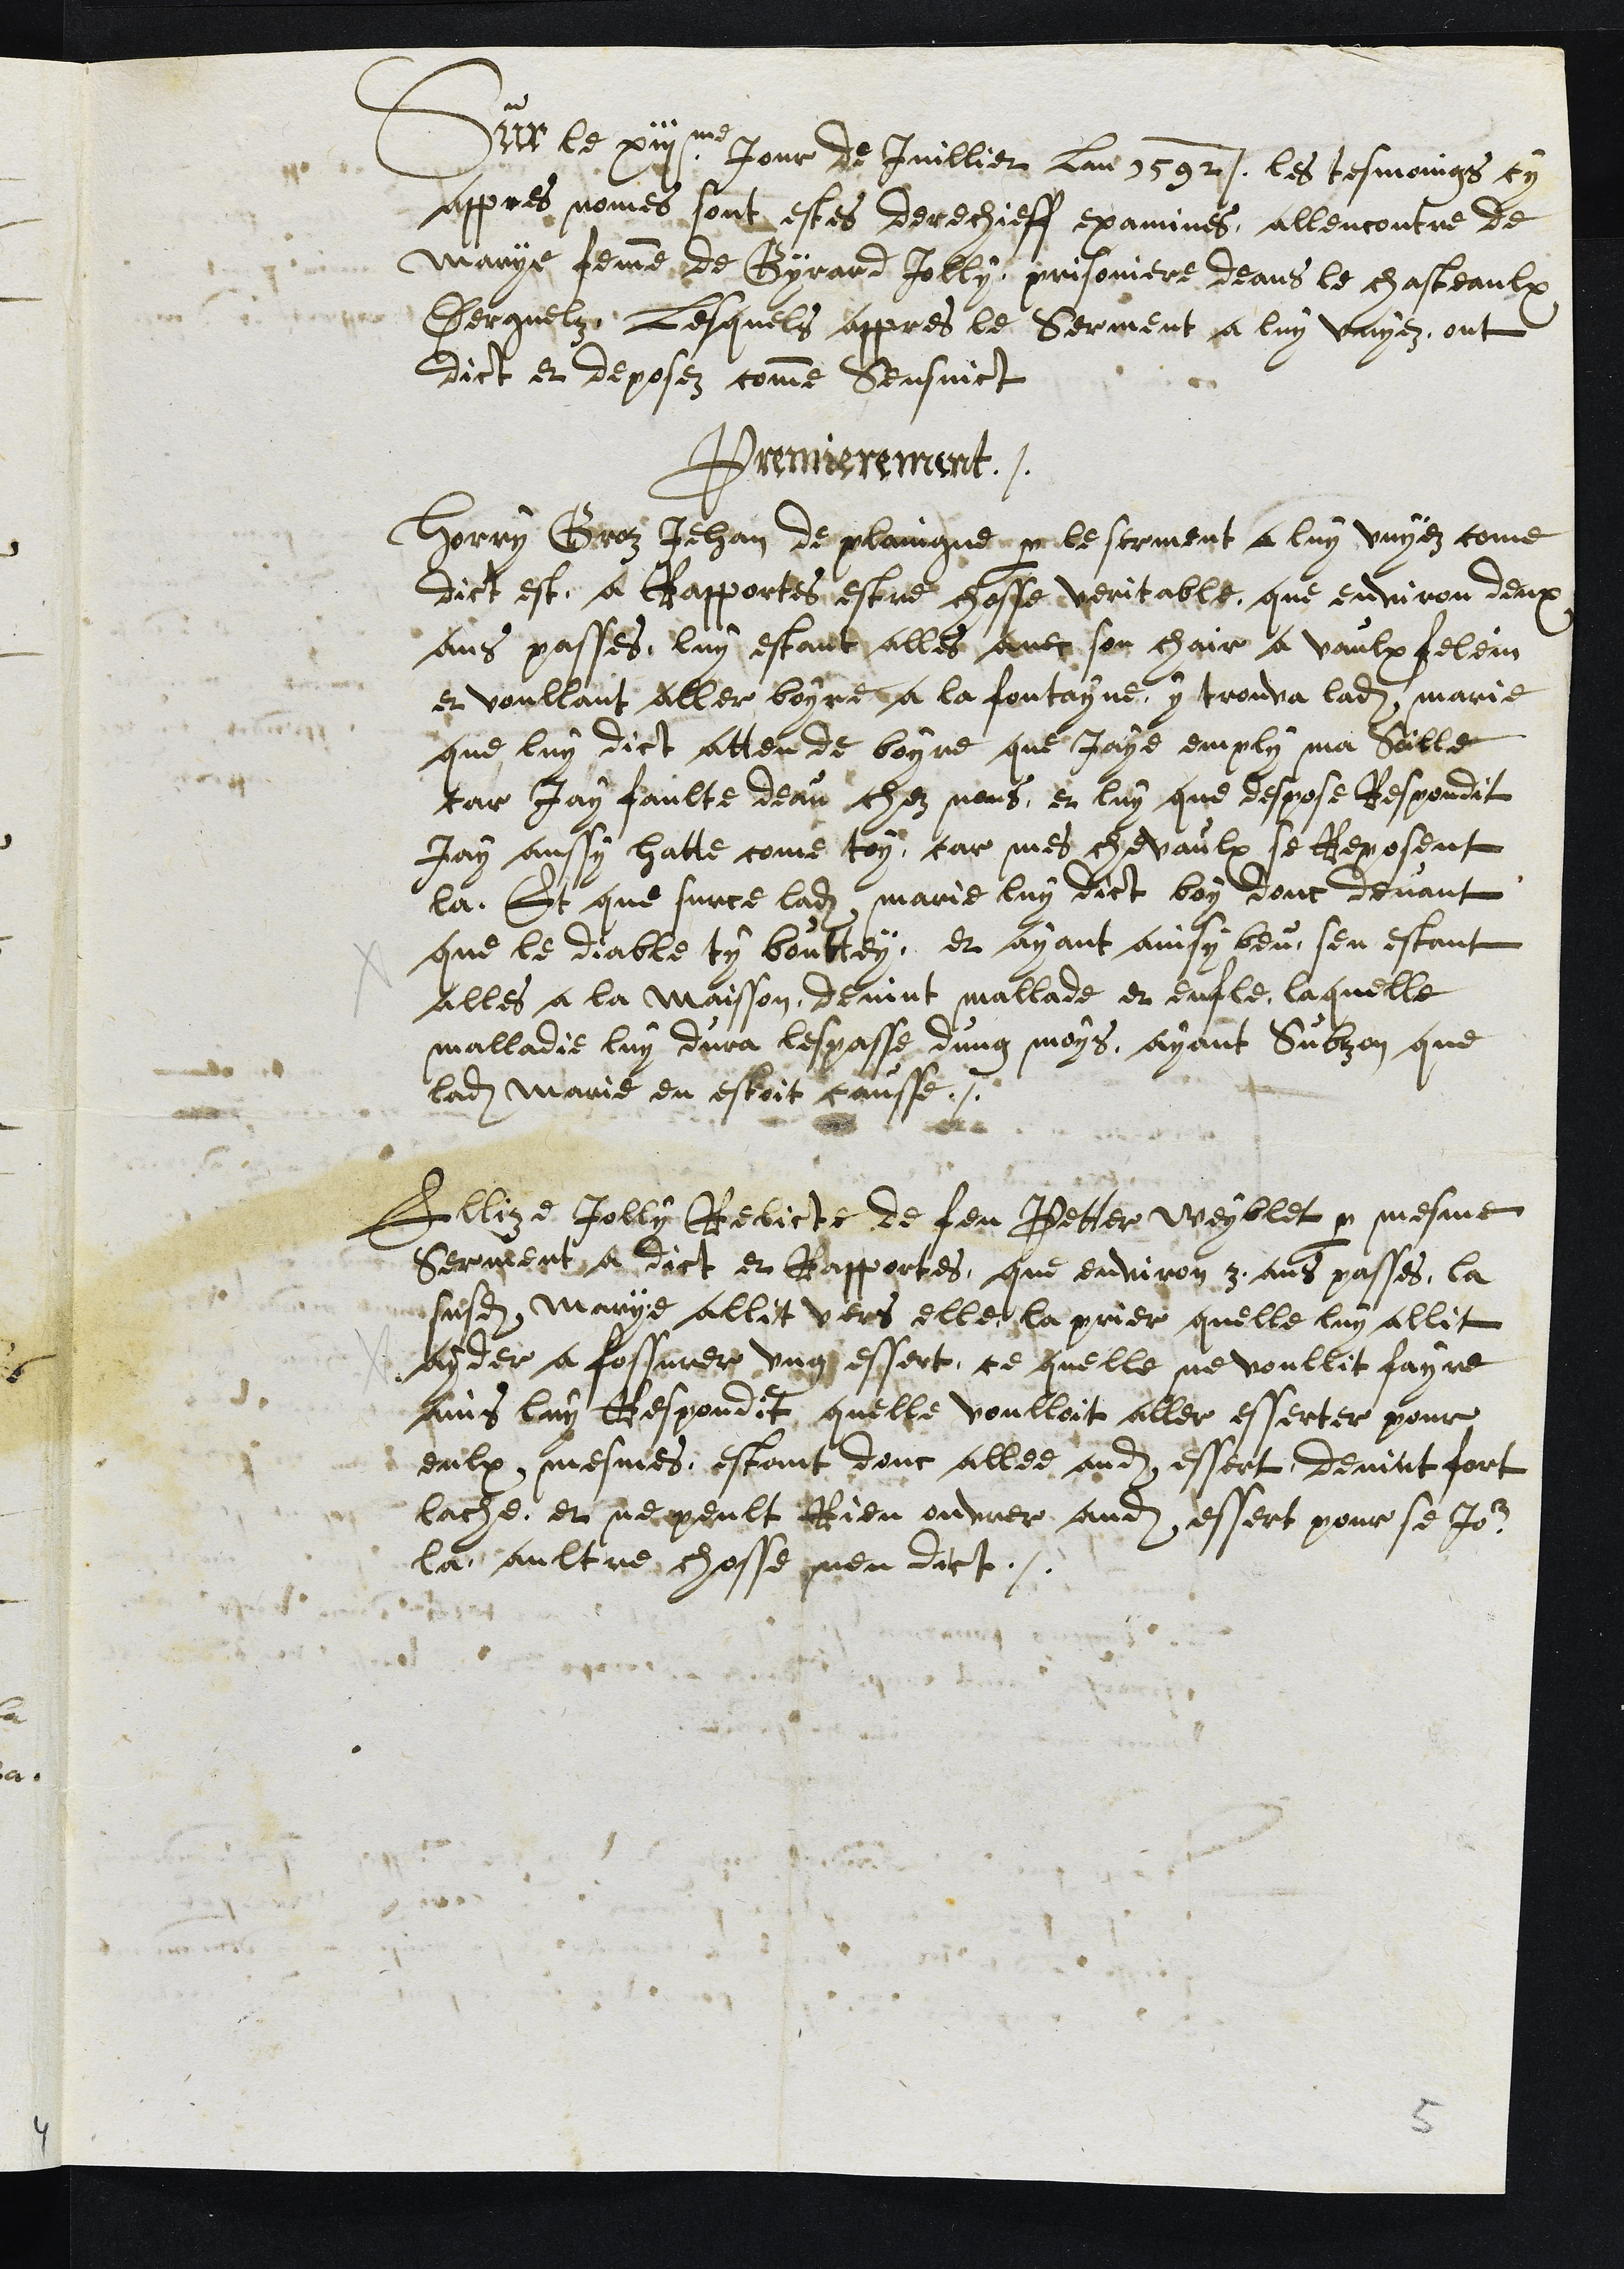
Sur le XIIIme Jour de Juillet Lan 1592 les tesmoings cy
appres nomes sont estes derechieff examines, allencontre de
Marye, femme de Gyrard Jolly, prisoniere deans le chasteaulx
Derguelz, Lesquels appres le serment a luy vuyez ont
dict et deposez comme sensuict
Premierement.
Ferry Groz Jehan de plaingne par le serment a luy vuyez come
dict est a Rapportes estre chosse veritable que environ deux
ans passes, luy, estant alles avec son chair a vaulx felein
en voullant aller boyre a la fontaine, y trouva ladite Marie
que luy dict atten de boyre que Jaye emply ma soille
car jay faulte deau chez nous, et luy que despose Respondit
jay aussy hatte come toy, car mes chevaulx se Reposent
la. Et que sur ce ladite Marie luy dict boy donc devant
que le diable ty bouttey, et ayant ainsy beu, sen estant
alles a la Maisson, devint mallade et enfle, laquelle
malladie luy dura lespasse d'ung moys, ayant subçon que
ladite Marie ou estoit causse.
Ellize Jolly Relicte de feu Petter Weyblet par mesme
serment a dict et Rapportes, que environ 3 ans passes, la
susdite Marye allit vers elle la prier quelle luy allit
ayder a fossurer ung essert, ce quelle ne voullit fayre
ains luy Respondit quelle voulloit aller esserter pour
eulx mesmes estant donc allee audit essert devint fort
lache, et ne peult Rien ouvrer audit essert pour se Jour
la aultre chosse nen dict.
5